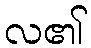
လ၏